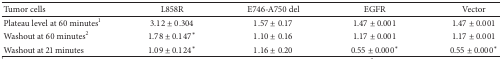
<table><thead><tr><td><b>Tumor cells</b></td><td><b>L858R</b></td><td><b>E746-A750 del</b></td><td><b>EGFR</b></td><td><b>Vector</b></td></tr></thead><tbody><tr><td>Plateau level at 60 minutes<sup>1</sup></td><td>3.12 ± 0.304</td><td>1.57 ± 0.17</td><td>1.47 ± 0.001</td><td>1.47 ± 0.001</td></tr><tr><td>Washout at 60 minutes<sup>2</sup></td><td>1.78 ± 0.147*</td><td>1.10 ± 0.16</td><td>1.17 ± 0.001</td><td>1.17 ± 0.001</td></tr><tr><td>Washout at 21 minutes</td><td>1.09 ± 0.124*</td><td>1.16 ± 0.20</td><td>0.55 ± 0.000*</td><td>0.55 ± 0.000*</td></tr></tbody></table>